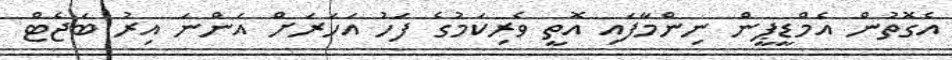
އެގޮތުން އެމްޑީޕީން ނިންމާފައި އޮތީ ވެރިކަމުގެ ފަހު އަހަރަށް އަންނަ އިރު ބަޖެޓް